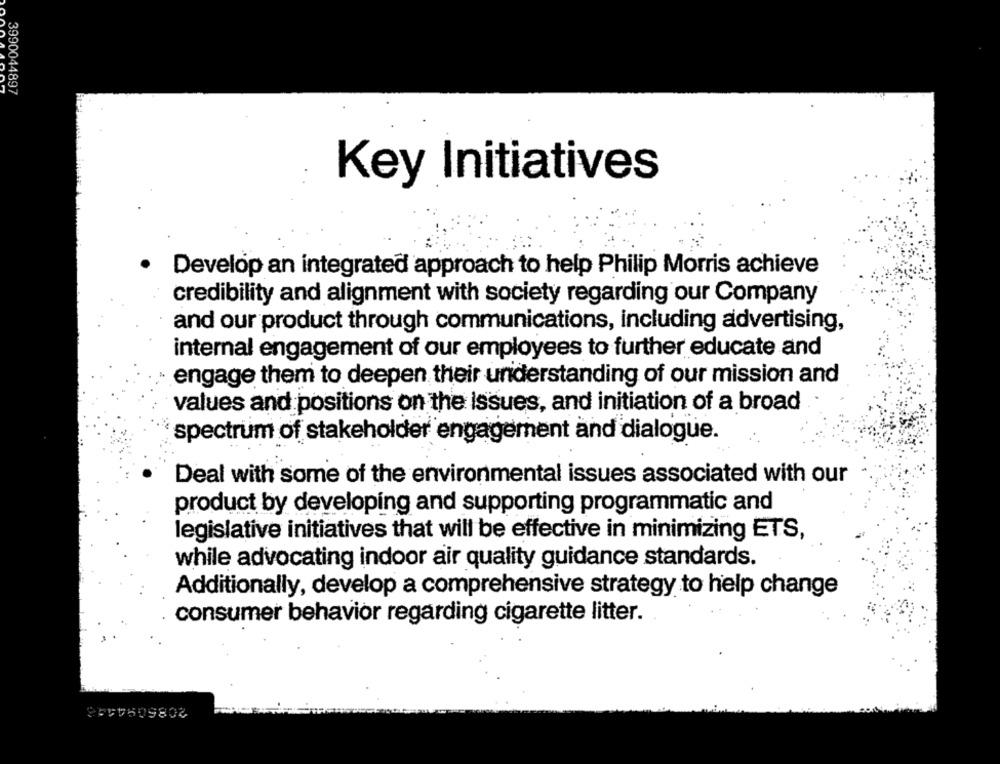
3990044897
Key Initiatives
Develop an integrated approach to help Philip Morris achieve
credibility and alignment with society regarding our Company
and our product through communications, including advertising,
internal engagement of our employees to further educate and
engage them to deepen their understanding of our mission and
values and positions on the Issues, and initiation of a broad
spectrum of stakeholder engagement and dialogue.
Deal with some of the environmental issues associated with our
product by developing and supporting programmatic and
legislative initiatives that will be effective in minimizing ETS,
while advocating indoor air quality guidance standards.
Additionally, develop a comprehensive strategy to help change
consumer behavior regarding cigarette litter.
264760980